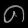
Digit: ၈